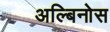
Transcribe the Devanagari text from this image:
अल्बिनोस